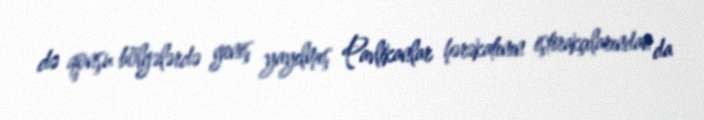
də qonşu bölgələrdə geniş yayılmış Pavlikanlar hərəkatının iştirakçılarından da